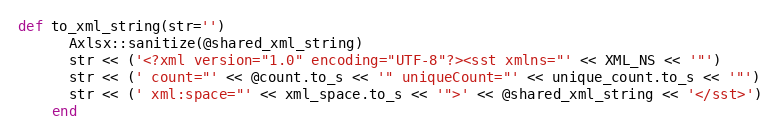
Language: Ruby
def to_xml_string(str='')
      Axlsx::sanitize(@shared_xml_string)
      str << ('<?xml version="1.0" encoding="UTF-8"?><sst xmlns="' << XML_NS << '"')
      str << (' count="' << @count.to_s << '" uniqueCount="' << unique_count.to_s << '"')
      str << (' xml:space="' << xml_space.to_s << '">' << @shared_xml_string << '</sst>')
    end